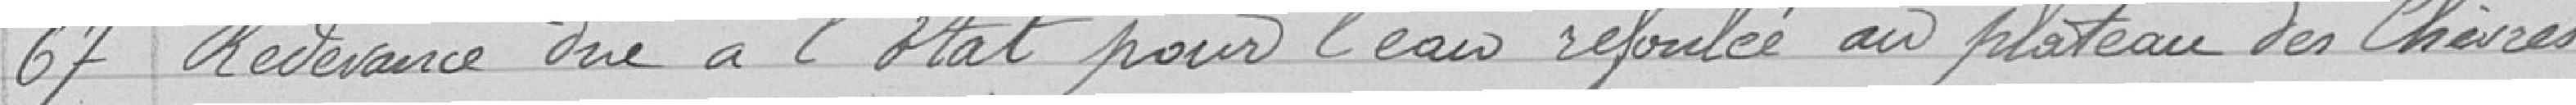
67 Redevance due à l'Etat pour l'eau refoulée au plateau des Chêvres